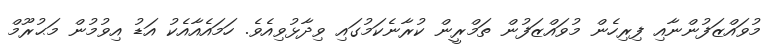
މުވައްޒަފުންނާއި ފިރިހެން މުވައްޒަފުން ތަމްރީން ކުރާނެކަމުގައި ވިދާޅުވިއެވެ. ހަމައެއާއެކު އަޑު އިވުމުން މަޙުރޫމް